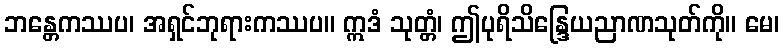
ဘန္တေကဿပ၊ အရှင်ဘုရားကဿပ။ ဣဒံ သုတ္တံ၊ ဤပုရိသိန္ဒြေယညာဏသုတ်ကို။ မေ၊